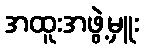
အထူးအဖွဲ့မှူး